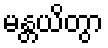
မန္တယိတွာ